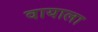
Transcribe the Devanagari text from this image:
वायाला